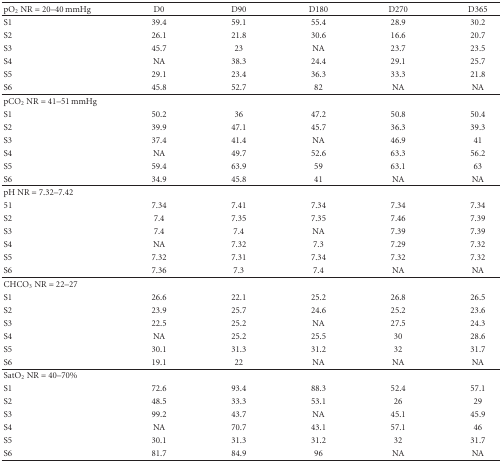
<table><thead><tr><td><b>pO<sub>2</sub> NR = 20–40 mmHg</b></td><td><b>D0</b></td><td><b>D90</b></td><td><b>D180</b></td><td><b>D270</b></td><td><b>D365</b></td></tr></thead><tbody><tr><td>S1</td><td>39.4</td><td>59.1</td><td>55.4</td><td>28.9</td><td>30.2</td></tr><tr><td>S2</td><td>26.1</td><td>21.8</td><td>30.6</td><td>16.6</td><td>20.7</td></tr><tr><td>S3</td><td>45.7</td><td>23</td><td>NA</td><td>23.7</td><td>23.5</td></tr><tr><td>S4</td><td>NA</td><td>38.3</td><td>24.4</td><td>29.1</td><td>25.7</td></tr><tr><td>S5</td><td>29.1</td><td>23.4</td><td>36.3</td><td>33.3</td><td>21.8</td></tr><tr><td>S6</td><td>45.8</td><td>52.7</td><td>82</td><td>NA</td><td>NA</td></tr><tr><td>pCO<sub>2</sub> NR = 41–51 mmHg</td><td></td><td></td><td></td><td></td><td></td></tr><tr><td>S1</td><td>50.2</td><td>36</td><td>47.2</td><td>50.8</td><td>50.4</td></tr><tr><td>S2</td><td>39.9</td><td>47.1</td><td>45.7</td><td>36.3</td><td>39.3</td></tr><tr><td>S3</td><td>37.4</td><td>41.4</td><td>NA</td><td>46.9</td><td>41</td></tr><tr><td>S4</td><td>NA</td><td>49.7</td><td>52.6</td><td>63.3</td><td>56.2</td></tr><tr><td>S5</td><td>59.4</td><td>63.9</td><td>59</td><td>63.1</td><td>63</td></tr><tr><td>S6</td><td>34.9</td><td>45.8</td><td>41</td><td>NA</td><td>NA</td></tr><tr><td>pH NR = 7.32–7.42</td><td></td><td></td><td></td><td></td><td></td></tr><tr><td>51</td><td>7.34</td><td>7.41</td><td>7.34</td><td>7.34</td><td>7.34</td></tr><tr><td>S2</td><td>7.4</td><td>7.35</td><td>7.35</td><td>7.46</td><td>7.39</td></tr><tr><td>S3</td><td>7.4</td><td>7.4</td><td>NA</td><td>7.39</td><td>7.39</td></tr><tr><td>S4</td><td>NA</td><td>7.32</td><td>7.3</td><td>7.29</td><td>7.32</td></tr><tr><td>S5</td><td>7.32</td><td>7.31</td><td>7.34</td><td>7.32</td><td>7.32</td></tr><tr><td>S6</td><td>7.36</td><td>7.3</td><td>7.4</td><td>NA</td><td>NA</td></tr><tr><td>CHCO<sub>3</sub> NR = 22–27</td><td></td><td></td><td></td><td></td><td></td></tr><tr><td>S1</td><td>26.6</td><td>22.1</td><td>25.2</td><td>26.8</td><td>26.5</td></tr><tr><td>S2</td><td>23.9</td><td>25.7</td><td>24.6</td><td>25.2</td><td>23.6</td></tr><tr><td>S3</td><td>22.5</td><td>25.2</td><td>NA</td><td>27.5</td><td>24.3</td></tr><tr><td>S4</td><td>NA</td><td>25.2</td><td>25.5</td><td>30</td><td>28.6</td></tr><tr><td>S5</td><td>30.1</td><td>31.3</td><td>31.2</td><td>32</td><td>31.7</td></tr><tr><td>S6</td><td>19.1</td><td>22</td><td>NA</td><td>NA</td><td>NA</td></tr><tr><td>SatO<sub>2</sub> NR = 40–70%</td><td></td><td></td><td></td><td></td><td></td></tr><tr><td>S1</td><td>72.6</td><td>93.4</td><td>88.3</td><td>52.4</td><td>57.1</td></tr><tr><td>S2</td><td>48.5</td><td>33.3</td><td>53.1</td><td>26</td><td>29</td></tr><tr><td>S3</td><td>99.2</td><td>43.7</td><td>NA</td><td>45.1</td><td>45.9</td></tr><tr><td>S4</td><td>NA</td><td>70.7</td><td>43.1</td><td>57.1</td><td>46</td></tr><tr><td>S5</td><td>30.1</td><td>31.3</td><td>31.2</td><td>32</td><td>31.7</td></tr><tr><td>S6</td><td>81.7</td><td>84.9</td><td>96</td><td>NA</td><td>NA</td></tr></tbody></table>